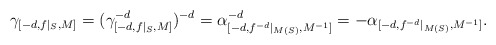
\begin{align*}\gamma_{[-d,f|_S,M]}=(\gamma_{[-d,f|_S,M]}^{-d})^{-d}=\alpha_{[-d,f^{-d}|_{M(S)},M^{-1}]}^{-d}=-\alpha_{[-d,f^{-d}|_{M(S)},M^{-1}]}.\end{align*}